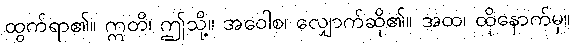
ထွက်ရာ၏။ ဣတိ၊ ဤသို့။ အဝေါစ၊ လျှောက်ဆို၏။ အထ၊ ထိုနောက်မှ။